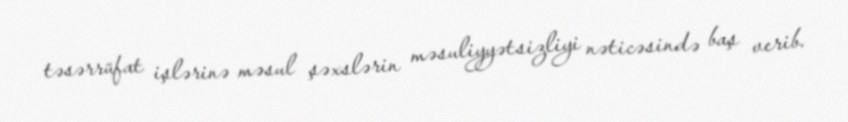
təsərrüfat işlərinə məsul şəxslərin məsuliyyətsizliyi nəticəsində baş verib.